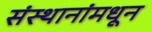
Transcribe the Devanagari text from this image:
संस्थानांमधून